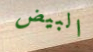
البيض